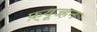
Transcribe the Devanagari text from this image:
फ़्यूज्हन